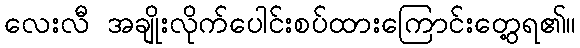
လေးလီ အချိုးလိုက်ပေါင်းစပ်ထားကြောင်းတွေ့ရ၏။